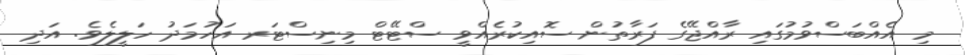
މި އެއްބަސްވުމުގައި ރާއްޖޭގެ ފަރާތުން ސޮއިކުރެއްވީ ސްޓޭޓް މިނިިސްޓަރ އަހުމަދު ހަލީލެވެ. އަދި